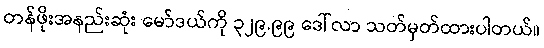
တန်ဖိုးအနည်းဆုံး မော်ဒယ်ကို ၃၂၉.၉၉ ဒေါ်လာ သတ်မှတ်ထားပါတယ်။